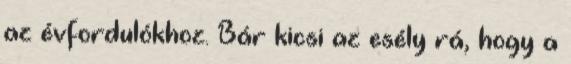
az évfordulókhoz. Bár kicsi az esély rá, hogy a